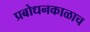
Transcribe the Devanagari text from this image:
प्रबोधनकाळाच